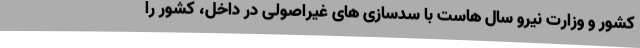
کشور و وزارت نیرو سال هاست با سدسازی های غیراصولی در داخل، کشور را